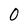
Character: O